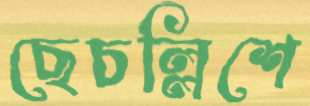
ছেচল্লিশে